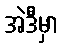
အဲဒီမှာ